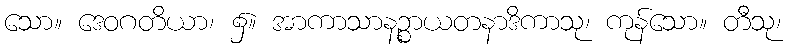
သော။ ဒေဝဂတိယာ၊ ၌။ အာကာသာနဉ္စာယတနာဒိကာသု၊ ကုန်သော။ တီသု၊